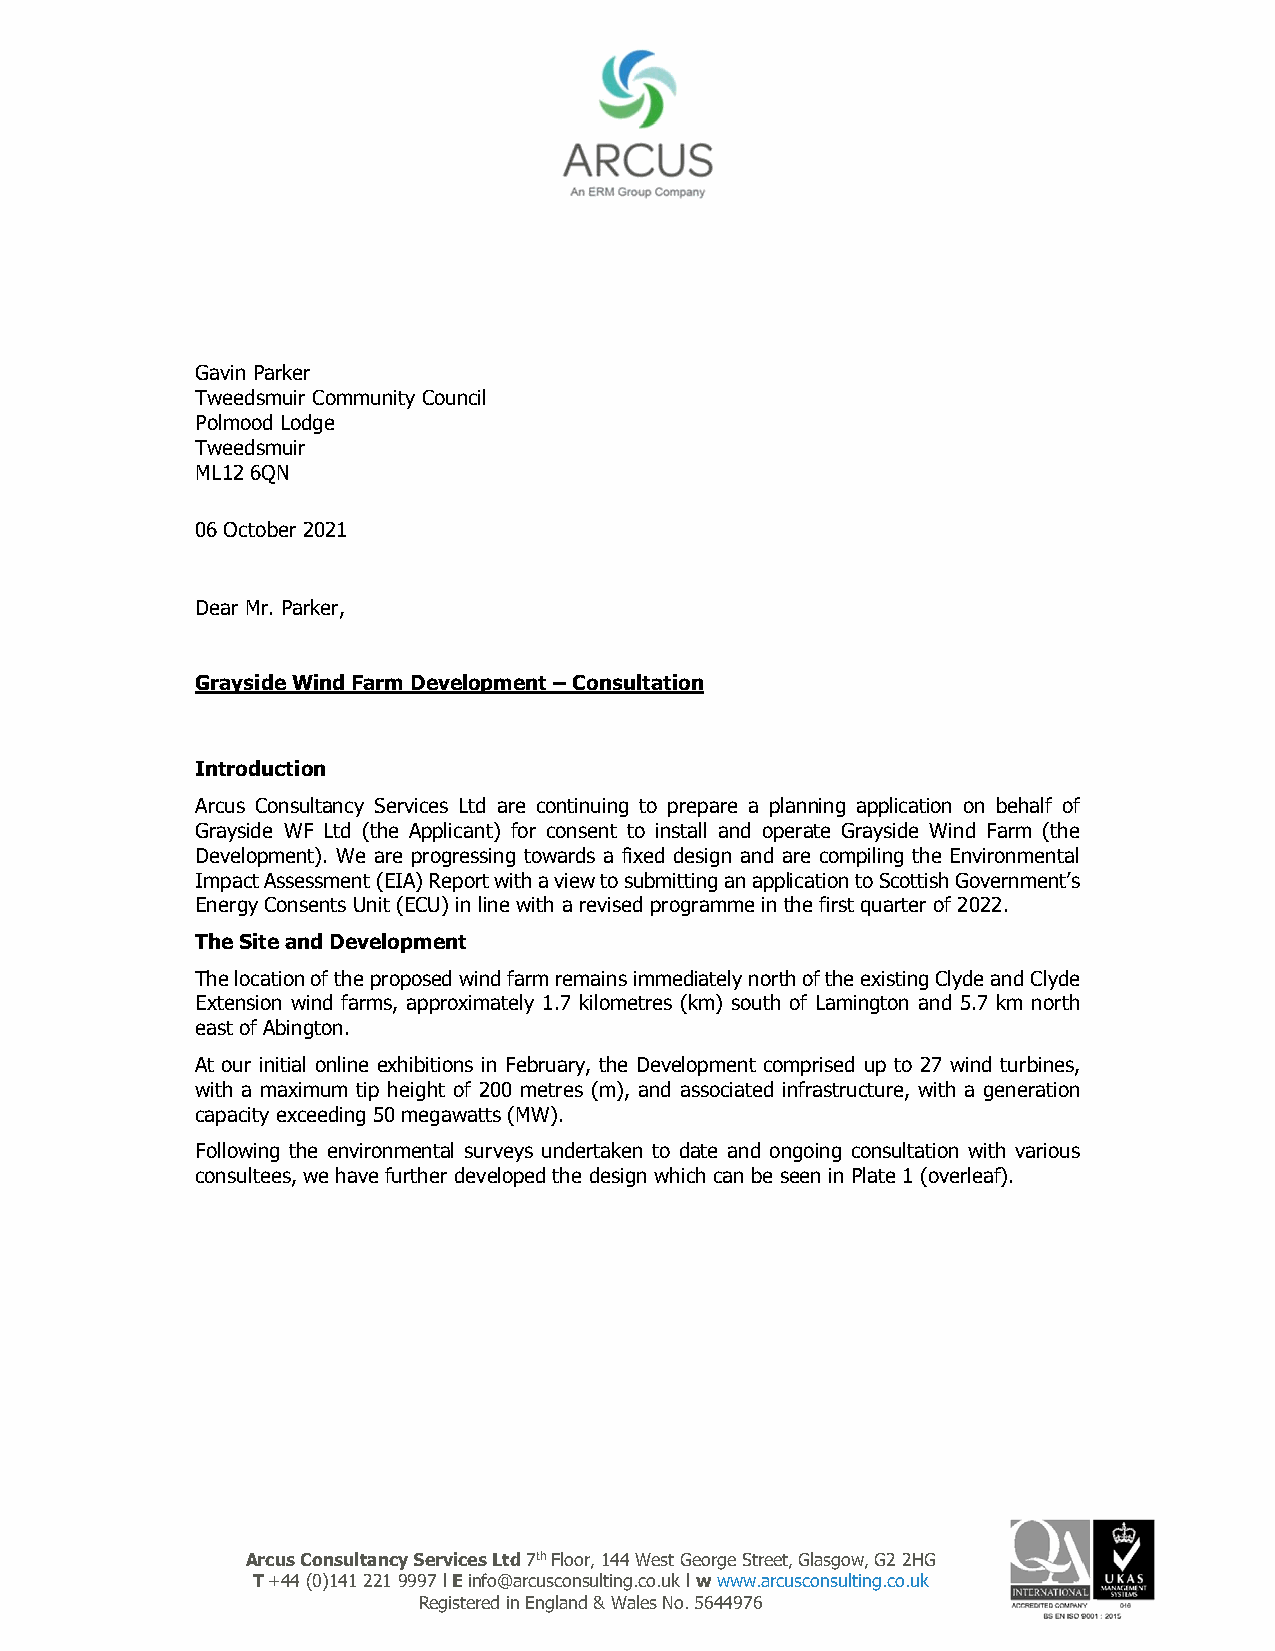
Gavin Parker
 Tweedsmuir Community Council
 Polmood Lodge
 Tweedsmuir
 ML12 6QN
 06 October 2021
 Dear Mr. Parker,
 Grayside Wind Farm Development – Consultation
 Introduction
 Arcus Consultancy Services Ltd are continuing to prepare a planning application on behalf of
 Grayside WF Ltd (the Applicant) for consent to install and operate Grayside Wind Farm (the
 Development). We are progressing towards a fixed design and are compiling the Environmental
 Impact Assessment (EIA) Report with a view to submitting an application to Scottish Government’s
 Energy Consents Unit (ECU) in line with a revised programme in the first quarter of 2022.
 The Site and Development
 The location of the proposed wind farm remains immediately north of the existing Clyde and Clyde
 Extension wind farms, approximately 1.7 kilometres (km) south of Lamington and 5.7 km north
 east of Abington.
 At our initial online exhibitions in February, the Development comprised up to 27 wind turbines,
 with a maximum tip height of 200 metres (m), and associated infrastructure, with a generation
 capacity exceeding 50 megawatts (MW).
 Following the environmental surveys undertaken to date and ongoing consultation with various
 consultees, we have further developed the design which can be seen in Plate 1 (overleaf).
 Arcus Consultancy Services Ltd 7th Floor, 144 West George Street, Glasgow, G2 2HG
 T +44 (0)141 221 9997 l E info@arcusconsulting.co.uk l w www.arcusconsulting.co.uk
 Registered in England & Wales No. 5644976